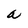
Character: a